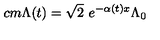
\hspace * { - 6 c m } \Lambda ( t ) = \sqrt { 2 } \ e ^ { - \alpha ( t ) x } \Lambda _ { 0 }